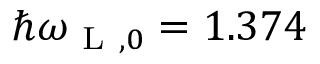
\hbar \omega _ { \mathrm { ~ L ~ } , 0 } = 1 . 3 7 4